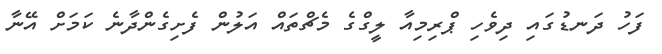
ފަހު ދަނޑުގައި ދިވެހި ޕްރިމިއާ ލީގްގެ މެޗްތައް އަލުން ފެށިގެންދާނެ ކަމަށް އޭނާ